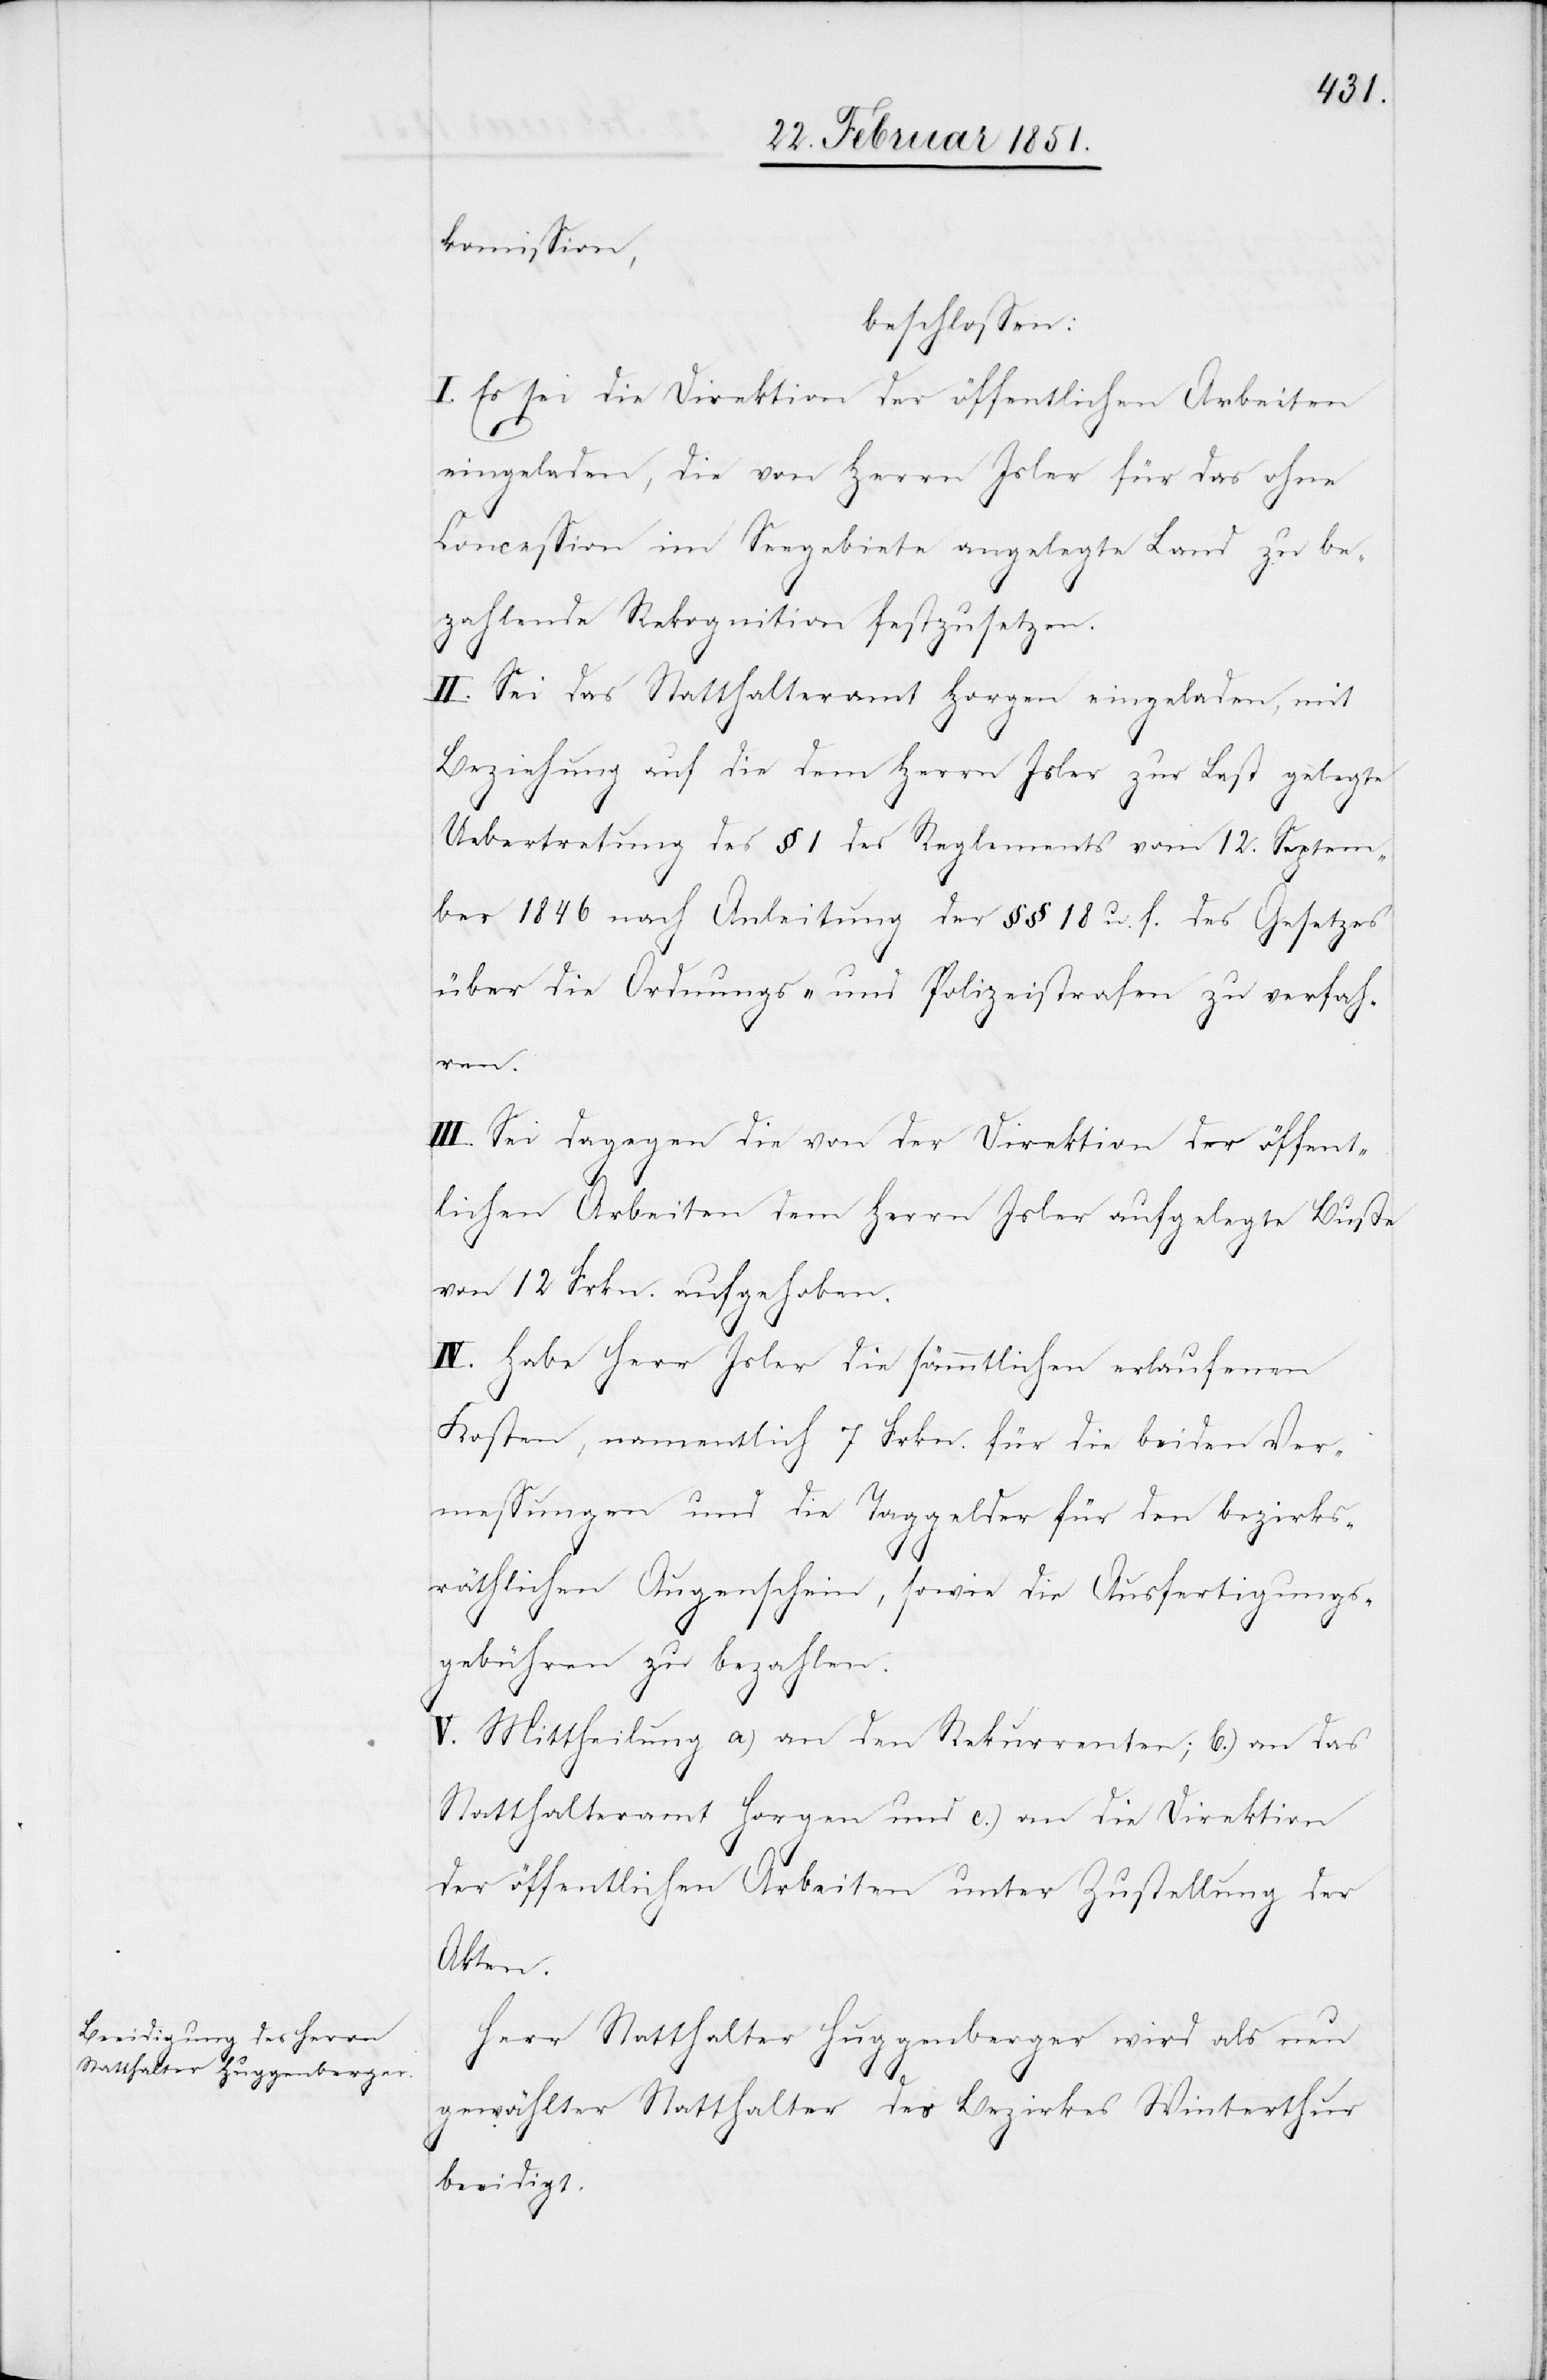
kom[m]ission,
beschlossen:
I. Es sei die Direktion der öffentlichen Arbeiten
eingeladen, die von Herrn Jsler für das ohne
Concession im Seegebiete angelegte Land zu be¬
zahlende Rekognition festzusetzen.
II. Sei das Statthalteramt Horgen eingeladen, mit
Beziehung auf die dem Herrn Jsler zur Last gelegte
Uebertretung des § 1 des Reglements vom 12. Septem¬
ber 1846 nach Anleitung der §§ 18 u. f. des Gesetzes
über die Ordnungs- und Polizeistrafen zu verfah¬
ren.
III. Sei dagegen die von der Direktion der öffent¬
lichen Arbeiten dem Herrn Jsler aufgelegte Buße
von 12 Frkn. aufgehoben.
IV. Habe Herr Jsler die sämmtlichen erlaufenen
Kosten, namentlich 7 Frkn. für die beiden Ver¬
messungen und die Taggelder für den bezirks¬
räthlichen Augenschein, sowie die Ausfertigungs¬
gebühren zu bezahlen.
V. Mittheilung a) an den Rekurrenten; b.) an das
Statthalteramt Horgen und c.) an die Direktion
der öffentlichen Arbeiten unter Zustellung der
Akten.
Herr Statthalter Huggenberger wird als neu
gewählter Statthalter des Bezirkes Winterthur
beeidigt.